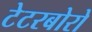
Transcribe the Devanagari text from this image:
टेटरबोरो